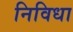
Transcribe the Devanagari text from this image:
निविधा